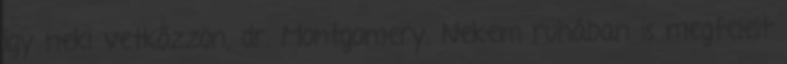
így neki vetkőzzön, dr. Montgomery. Nekem ruhában is megfelelt